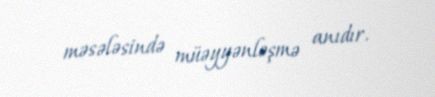
məsələsində müəyyənləşmə anıdır.